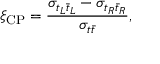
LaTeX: \xi _ { \mathrm { C P } } = \frac { \sigma _ { t _ { L } \bar { t } _ { L } } - \sigma _ { t _ { R } \bar { t } _ { R } } } { \sigma _ { t \bar { t } } } ,